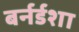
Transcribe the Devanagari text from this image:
बर्नर्डशा